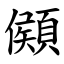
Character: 䫛